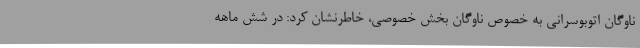
ناوگان اتوبوسرانی به خصوص ناوگان بخش خصوصی، خاطرنشان کرد: در شش ماهه